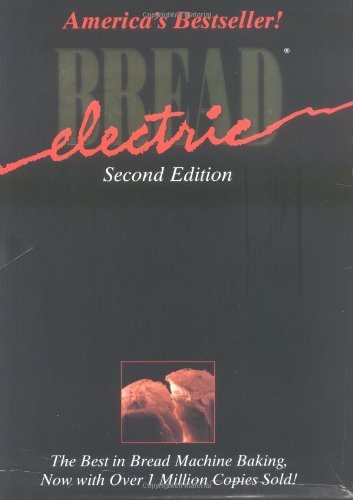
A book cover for Electric Bread : The Best in Bread Machine Baking; Susan Nightingale; Cookbooks, Food & Wine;